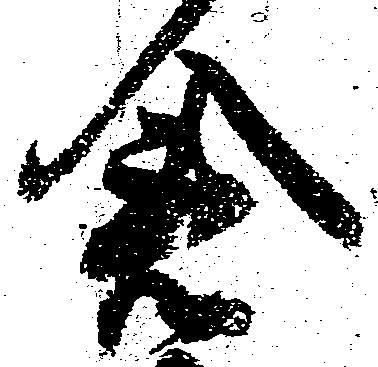
倉